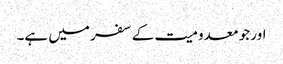
اور جو معدومیت کے سفر میں ہے۔